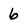
Character: 6